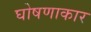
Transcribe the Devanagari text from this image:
घोषणाकार